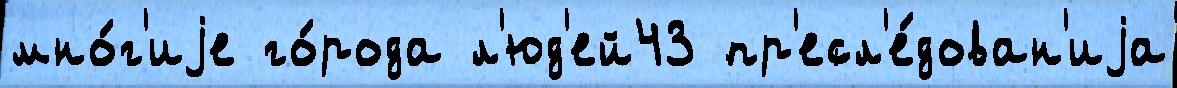
мно́г'иjе го́рода л'юд'ей43 пр'есл'е́дован'иjа